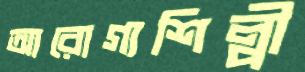
আরোগ্যশিল্পী